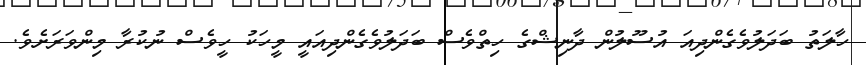
ހާލަތު ބަދަލުވެގެންދިއަ އުސޫލުން ދާނިޝްގެ ހިތްވެސް ބަދަލުވެގެންދިއައީީ މީހަކު ހީވެސް ނުކުރާ މިންވަރަށެެވެ.